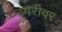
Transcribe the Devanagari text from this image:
टपरीवर